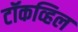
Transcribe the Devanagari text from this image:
टॉकव्हिल